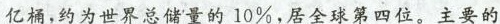
亿桶，约为世界总储量的10\%，居全球第四位。主要的